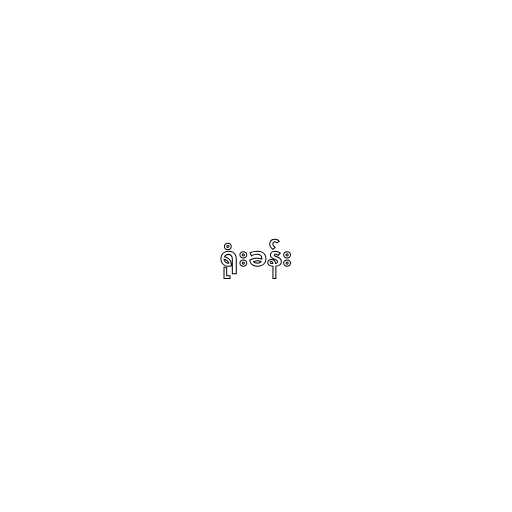
ရုံးခန်း